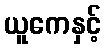
ယူကေနှင့်